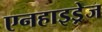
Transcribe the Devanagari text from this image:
एनहाइड्रेज